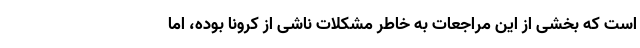
است که بخشی از این مراجعات به خاطر مشکلات ناشی از کرونا بوده، اما